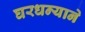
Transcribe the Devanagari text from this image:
घरधन्याने